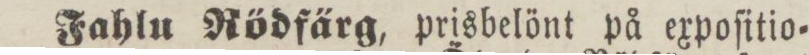
Fahlu Rödfärg, prisbelönt på expoſitio=